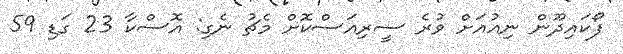
ފޯކައިދޫން ނިއުއަށް ވުރެ ސީރިއަސްކޮށް މެޗު ނެގި: އޮސްކާ 23 ގަޑި 59